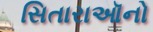
સિતારાઑનો